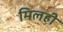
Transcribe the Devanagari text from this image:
मिलही